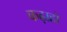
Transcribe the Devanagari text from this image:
कढ़ाहों